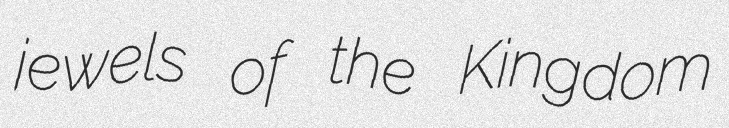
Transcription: jewels of the Kingdom